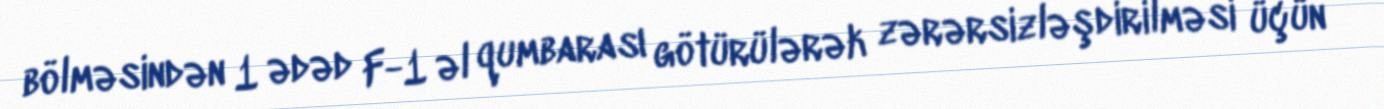
bölməsindən 1 ədəd F-1 əl qumbarası götürülərək zərərsizləşdirilməsi üçün